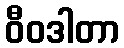
ဝီဝဒါတာ